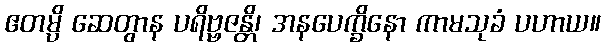
ဧတမ္ပိ ဆေတွာန ပရိဗ္ဗဇန္တိ၊ အနပေက္ခိနော ကာမသုခံ ပဟာယ။